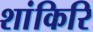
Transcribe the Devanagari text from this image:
शांकिरि